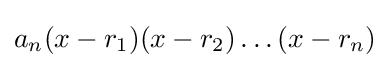
a_{n}(x-r_{1})(x-r_{2})\dots (x-r_{n})